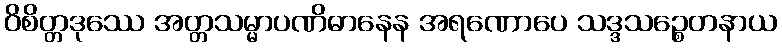
ဝိစိတ္တဒုဿေ အတ္တသမ္မာပဏိဓာနေန အရဏောပေ သဒ္ဒသဉ္စေတနာယ